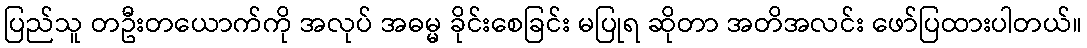
ပြည်သူ တဦးတယောက်ကို အလုပ် အဓမ္မ ခိုင်းစေခြင်း မပြုရ ဆိုတာ အတိအလင်း ဖော်ပြထားပါတယ်။